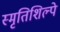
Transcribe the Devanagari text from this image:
स्मृतिशिल्पे